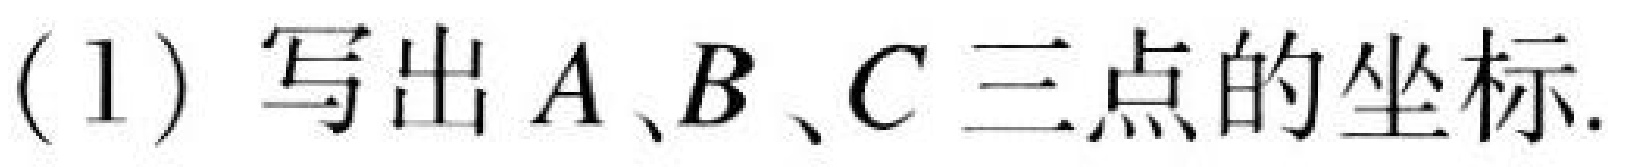
(1) 写出$A、B、C$三点的坐标.